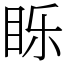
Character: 䀥